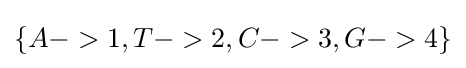
\{A->1,T->2,C->3,G->4\}